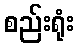
စည်းရုံး